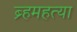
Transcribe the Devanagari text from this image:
ब्र्हमहत्या